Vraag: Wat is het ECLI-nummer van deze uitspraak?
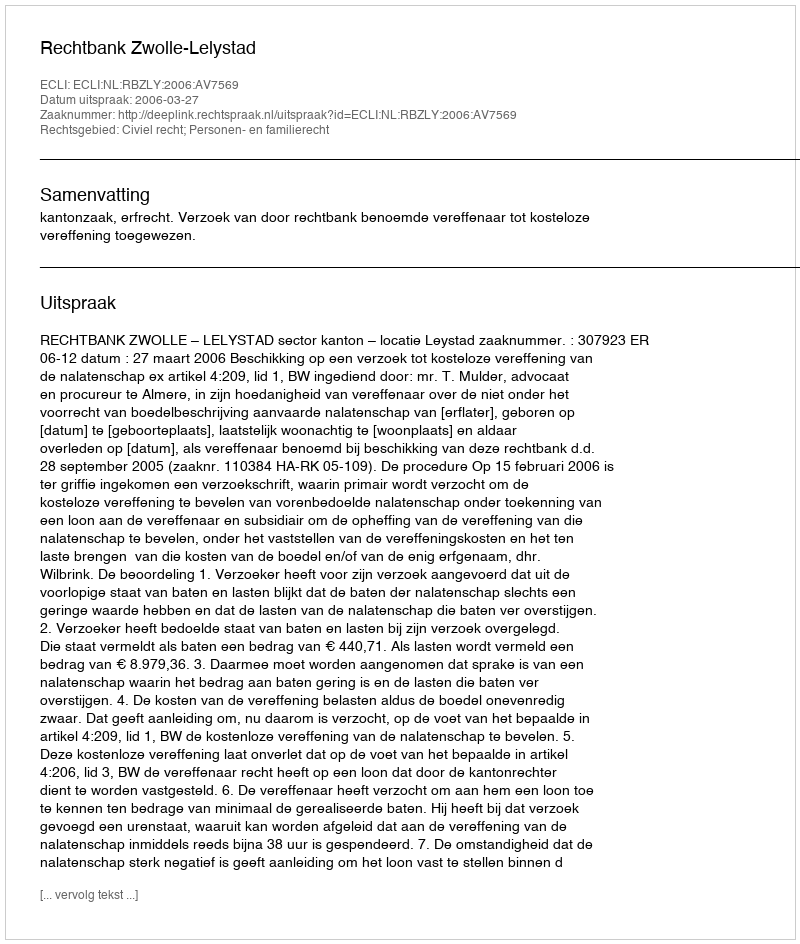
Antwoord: ECLI:NL:RBZLY:2006:AV7569